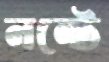
নন্টে